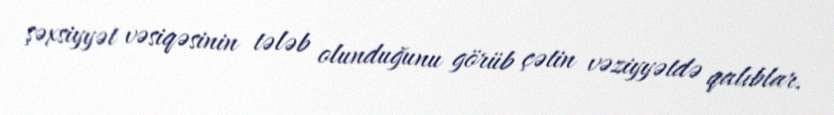
şəxsiyyət vəsiqəsinin tələb olunduğunu görüb çətin vəziyyətdə qalıblar.